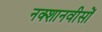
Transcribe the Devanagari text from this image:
नक्शानवीसों